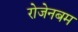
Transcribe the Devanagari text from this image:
रोजेनबम